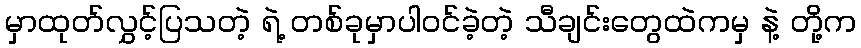
မှာထုတ်လွှင့်ပြသတဲ့ ရဲ့ တစ်ခုမှာပါဝင်ခဲ့တဲ့ သီချင်းတွေထဲကမှ နဲ့ တို့က